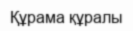
Құрама құралы